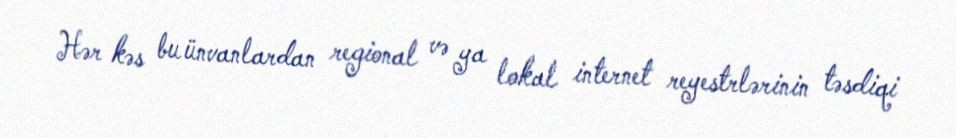
Hər kəs bu ünvanlardan regional və ya lokal internet reyestrlərinin təsdiqi